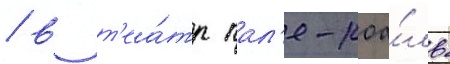
/ в т'еа́тр пал'е-роа́ль